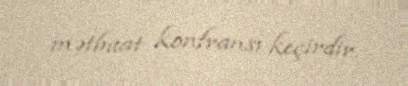
mətbuat konfransı keçirdir.